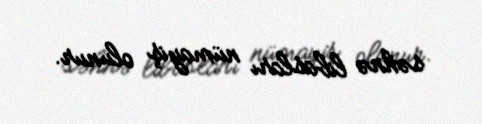
səhnə libasları nümayiş olunur.